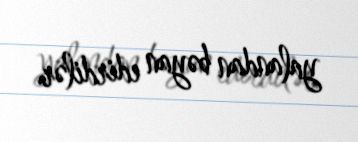
yalandan bəyan edirdilər.